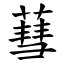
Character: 蔧